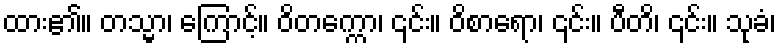
ထား၏။ တသ္မာ၊ ကြောင့်။ ဝိတက္ကော၊ ၎င်း။ ဝိစာရော၊ ၎င်း။ ပီတိ၊ ၎င်း။ သုခံ၊